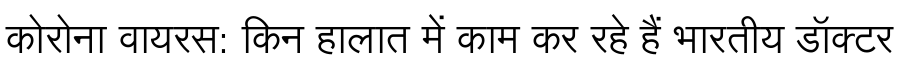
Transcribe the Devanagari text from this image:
कोरोना वायरस: किन हालात में काम कर रहे हैं भारतीय डॉक्टर